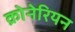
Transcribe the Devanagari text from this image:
क्रोनेरियन